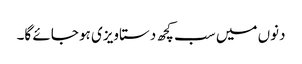
دنوں میں سب کچھ دستاویزی ہو جائے گا۔